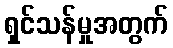
ရှင်သန်မှုအတွက်